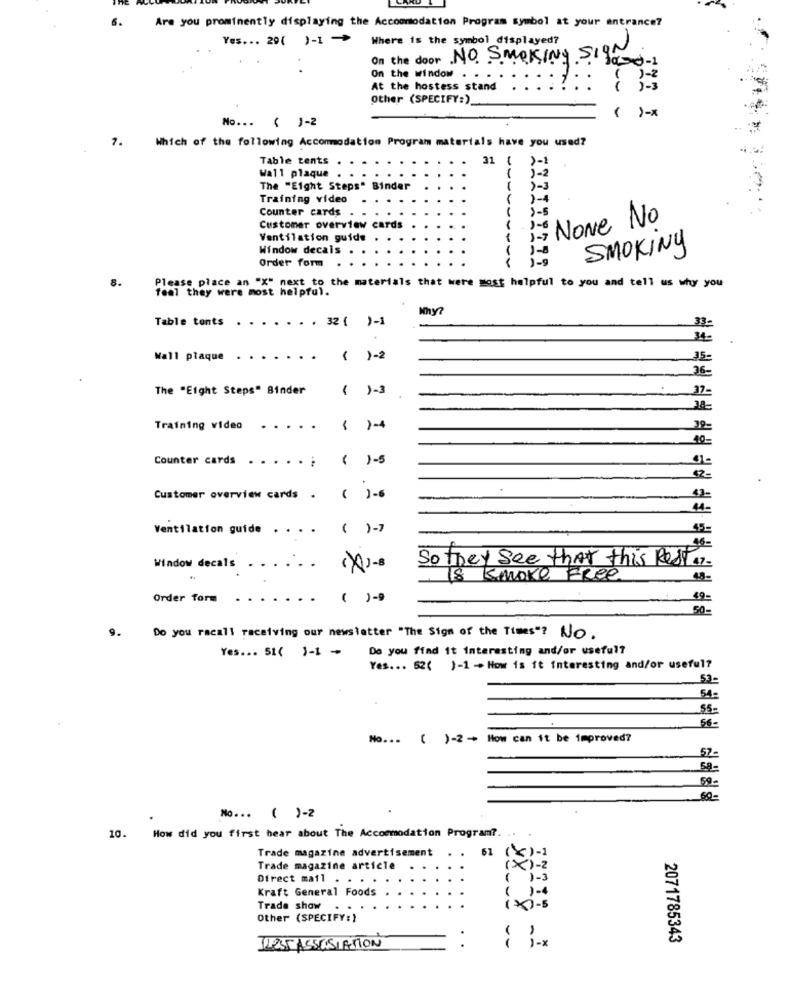
6.
Are you prominently displaying the Accommodation Program symbol at your entrance?
Yes ... 29( )-1 ->
Where is the symbol displayed?
On the door NO. SMOKING SIG
3000-1
On the window .
1-2
At the hostess stand
Other (SPECIFY:)_
-
>-
No ...
( J-2
7.
Which of the following Accommodation Program materials have you used?
Table tents
31 {
>-
j-2
Wall plaque
1
The "Eight Steps" Binder
)-3
Training video
Counter cards
8-5
None No
Customer overview cards
1-0
Ventilation guide
Window decals
SMOKING
Order form
1 - 8
8.
feel they were most helpful.
Please place an "X" next to the materials that were most helpful to you and tell us why you
Table tents . . . .. . . 32 {
)-1
33-
Wall plaque . .
....
-
)-2
The "Eight Steps" Binder
-
1-3
Training video
.....
Counter cards
1
1-5
Customer overview cards .
( )-6
Ventilation guide . . . .
Window decals
......
So they see that this Restar-
Is Smoke Free
Order form
....
( )-9
49-
50-
9.
Do you racall receiving our newsletter "The Sign of the Times"? NO.
Yes. .. SI( )-1 +
Do you find it interesting and/or useful?
Yes ... 52( )-1 -> How is ft interesting and/or useful?
53-
54-
55-
56-
No ... ( )-2 -+ How can it be improved?
57-
59-
No ... ( )-2
10. How did you first hear about The Accommodation Program ?.
Trade magazine advertisement
62
Trade magazine article
Direct mail . . . .
Kraft General Foods
Trade show
ixi-s
Other (SPECIFY:)
:
2071785343
1235 ASSOCIATION
--